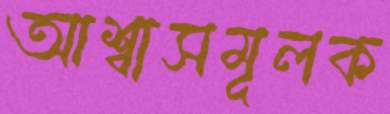
আশ্বাসমূলক